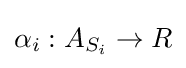
\alpha _{i}:A_{S_{i}}\rightarrow R